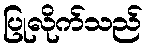
ပြုလိုက်သည်